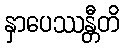
နှာပေဿန္တီတိ